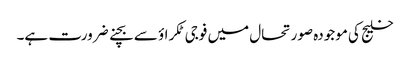
خلیج کی موجودہ صورتحال میں فوجی ٹکراؤ سے بچنے ضرورت ہے۔